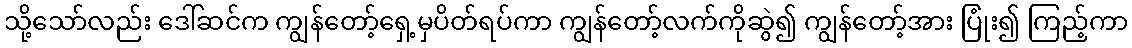
သို့သော်လည်း ဒေါ်ဆင်က ကျွန်တော့်ရှေ့မှပိတ်ရပ်ကာ ကျွန်တော့်လက်ကိုဆွဲ၍ ကျွန်တော့်အား ပြုံး၍ ကြည့်ကာ